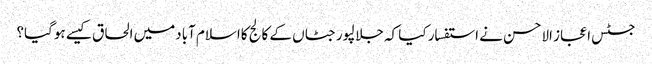
جسٹس اعجاز الاحسن نے استفسار کیا کہ جلالپورجٹاں کے کالج کااسلام آبادمیں الحاق کیسے ہوگیا؟